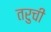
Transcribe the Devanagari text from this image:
तरुची